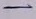
Text: -